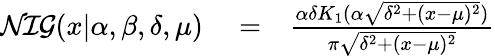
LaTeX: \begin{array}{rlr}{\mathrm{\cal NIG}{}(x|\alpha,\beta,\delta,\mu)}&{{}=}&{\frac{\alpha\delta K_{1}(\alpha\sqrt{\delta^{2}+(x-\mu)^{2}})}{\pi\sqrt{\delta^{2}+(x-\mu)^{2}}}}\end{array}